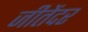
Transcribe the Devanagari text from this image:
जीतेंदर